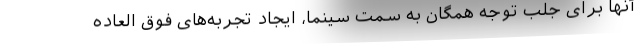
آنها برای جلب توجه همگان به سمت سینما، ایجاد تجربه‌های فوق العاده